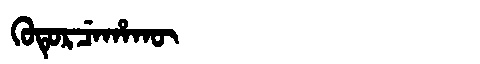
Manchu: ᡴᡠᡨᡠᡵᠴᡝᡥᠠᡴᡡ
Romanization: KUTURCEHAKŪ